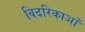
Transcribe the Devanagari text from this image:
विदरिकाओं